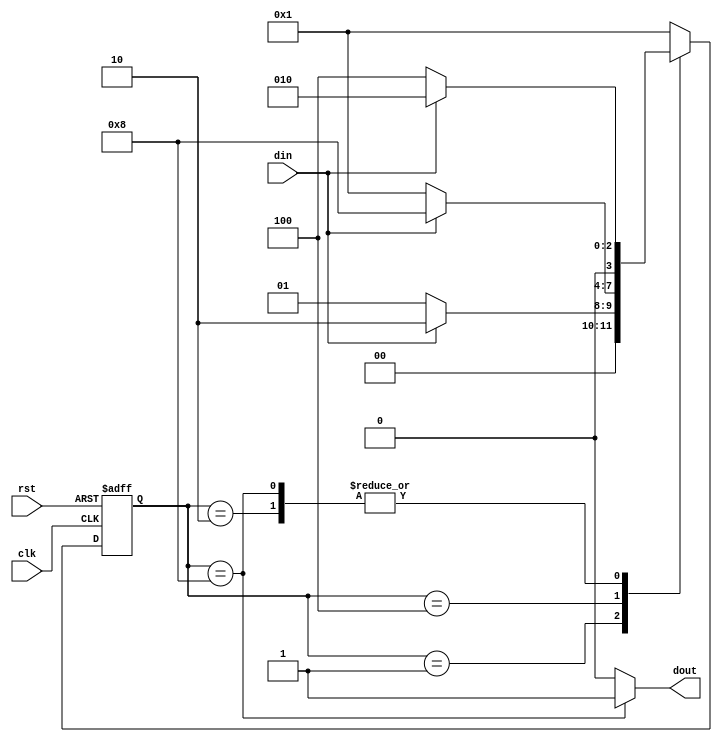
`timescale 1ns / 1ps
//////////////////////////////////////////////////////////////////////////////////
// Company: 
// Engineer: 
// 
// Design Name: 
// Module Name:    Moorey_101 
// Project Name: 
// Target Devices: 
// Tool versions: 
// Description: 
//
// Dependencies: 
//
// Revision: 
// Revision 0.01 - File Created
// Additional Comments: 
//
//////////////////////////////////////////////////////////////////////////////////
module Moorey_101(rst, clk, din, dout);

	input rst, clk;
	input din;
	output reg dout;
	parameter S0 = 4'b0001, S1 = 4'b0010, S2 = 4'b0100, S3 = 4'b1000;
	
	reg [3:0]state, next_state;
	always @(posedge clk, posedge rst)
	begin
	if(rst==1)
	state <= S0;
	else
	state <= next_state;
	end
	
	always @(state, din)
	begin 
	case(state)
	S0: begin
		if(din==1)
			next_state = S1;
		else
			next_state = S0;
		end
	S1: begin
		if(din ==0)
			next_state =S2;
		else
			next_state =S1;
		end
	S2: begin
		if(din ==1)
			next_state =S3;
		else
			next_state =S0;
		end
	S3: begin
		if(din ==1)
			next_state =S1;
		else
			next_state =S2;
		end
	default: next_state = S0;
	endcase
	end
	
	always @(state)
		begin
		
		case(state)
		S0: dout = 0;
		S1: dout = 0;
		S2: dout = 0;
		S3: dout = 1;
		default: dout = 0;
		endcase
		end
endmodule